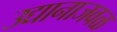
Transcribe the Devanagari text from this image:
उद्यानाजवळ